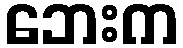
ဘေးက